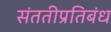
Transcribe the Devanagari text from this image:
संततीप्रतिबंध